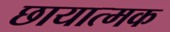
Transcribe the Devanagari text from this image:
छायात्मक